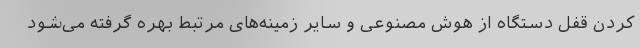
کردن قفل دستگاه از هوش مصنوعی و سایر زمینه‌های مرتبط بهره گرفته می‌شود